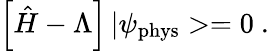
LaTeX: \left[\hat{H}-\Lambda\right]\, |\psi_{\mathrm{phys}}>=0\ .